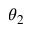
\theta _ { 2 }